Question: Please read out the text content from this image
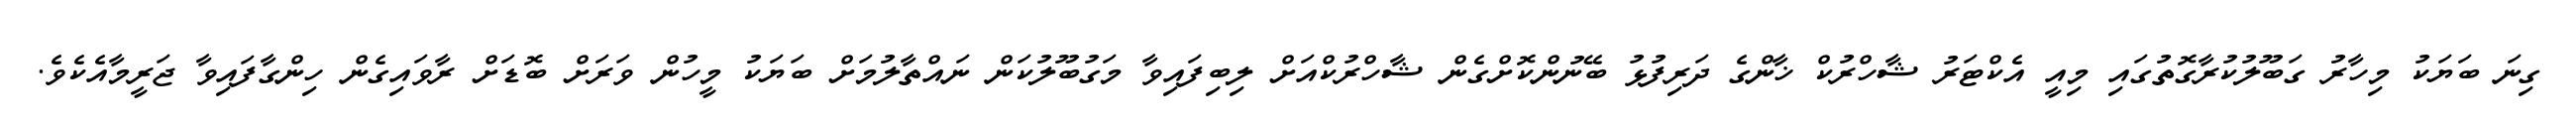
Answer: ގިނަ ބަޔަކު މިހާރު ގަބޫލުކުރާގޮތުގައި މިއީ އެކްޓަރު ޝާހްރުކް ޚާންގެ ދަރިފުޅު ބޭނުންކޮށްގެން ޝާހްރުކްއަށް ލިބިފައިވާ މަގުބޫލުކަން ނައްތާލުމަށް ބަޔަކު މީހުން ވަރަށް ބޮޑަށް ރާވައިގެން ހިންގާފައިވާ ޖަރީމާއެކެވެ.